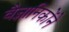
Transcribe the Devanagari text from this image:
वैज्ञानिकोंने